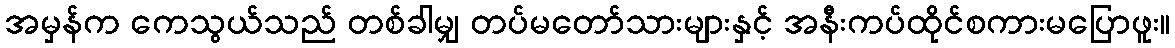
အမှန်က ကေသွယ်သည် တစ်ခါမျှ တပ်မတော်သားများနှင့် အနီးကပ်ထိုင်စကားမပြောဖူး။